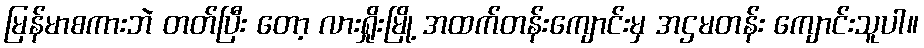
မြန်မာစကားဘဲ တတ်ပြီး တော့ လားရှိုးမြို့ အထက်တန်းကျောင်းမှ အဌမတန်း ကျောင်းသူပါ။